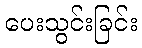
ပေးသွင်းခြင်း